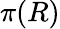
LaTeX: \pi(R)